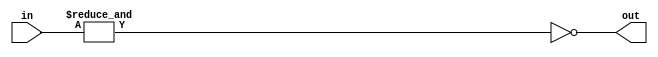
module NAND3_2 #(parameter SIZE = 3) (input [SIZE-1:0] in, output out);
assign out = ~&in;
endmodule